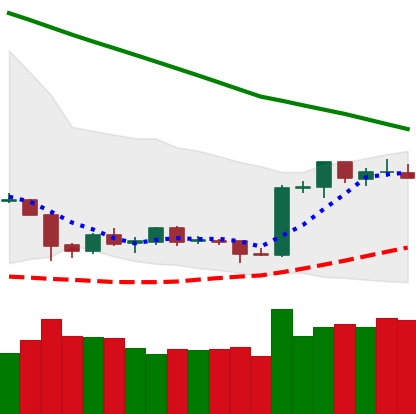
Ticker: ETH-USD
Chart end date: 2019-02-14
Forward return: 19.735%
Label: up_7plus